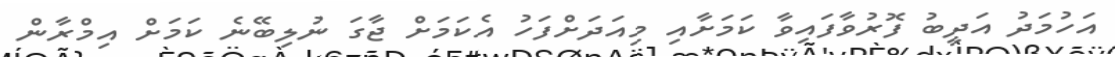
އަހުމަދު އަދީބު ފޮރުވާފައިވާ ކަމަށާއި މިއަދަށްފަހު އެކަމަށް ޖާގަ ނުލިބޭނެ ކަމަށް އިމްރާން